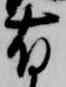
有